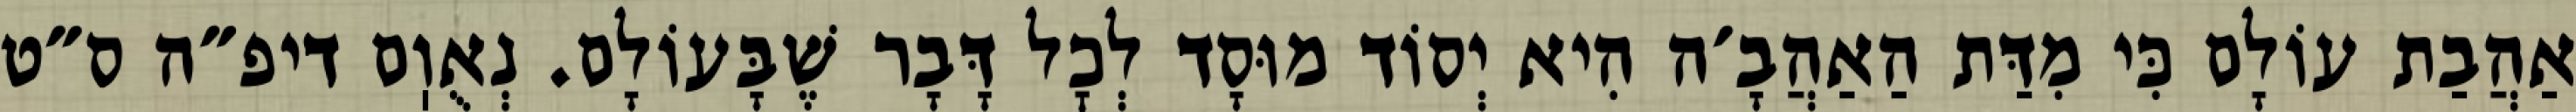
אַהֲבַת עוֹלָם כִּי מִדַּת הַאַהֲבָ׳ה הִיא יְסוֹד מוּסָד לְכׇל דָּבָר שֶׁבָּעוֹלָם. נְאֻוֽם דיפ״ה ס״ט